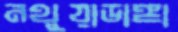
নথুয়াডাঙ্গা